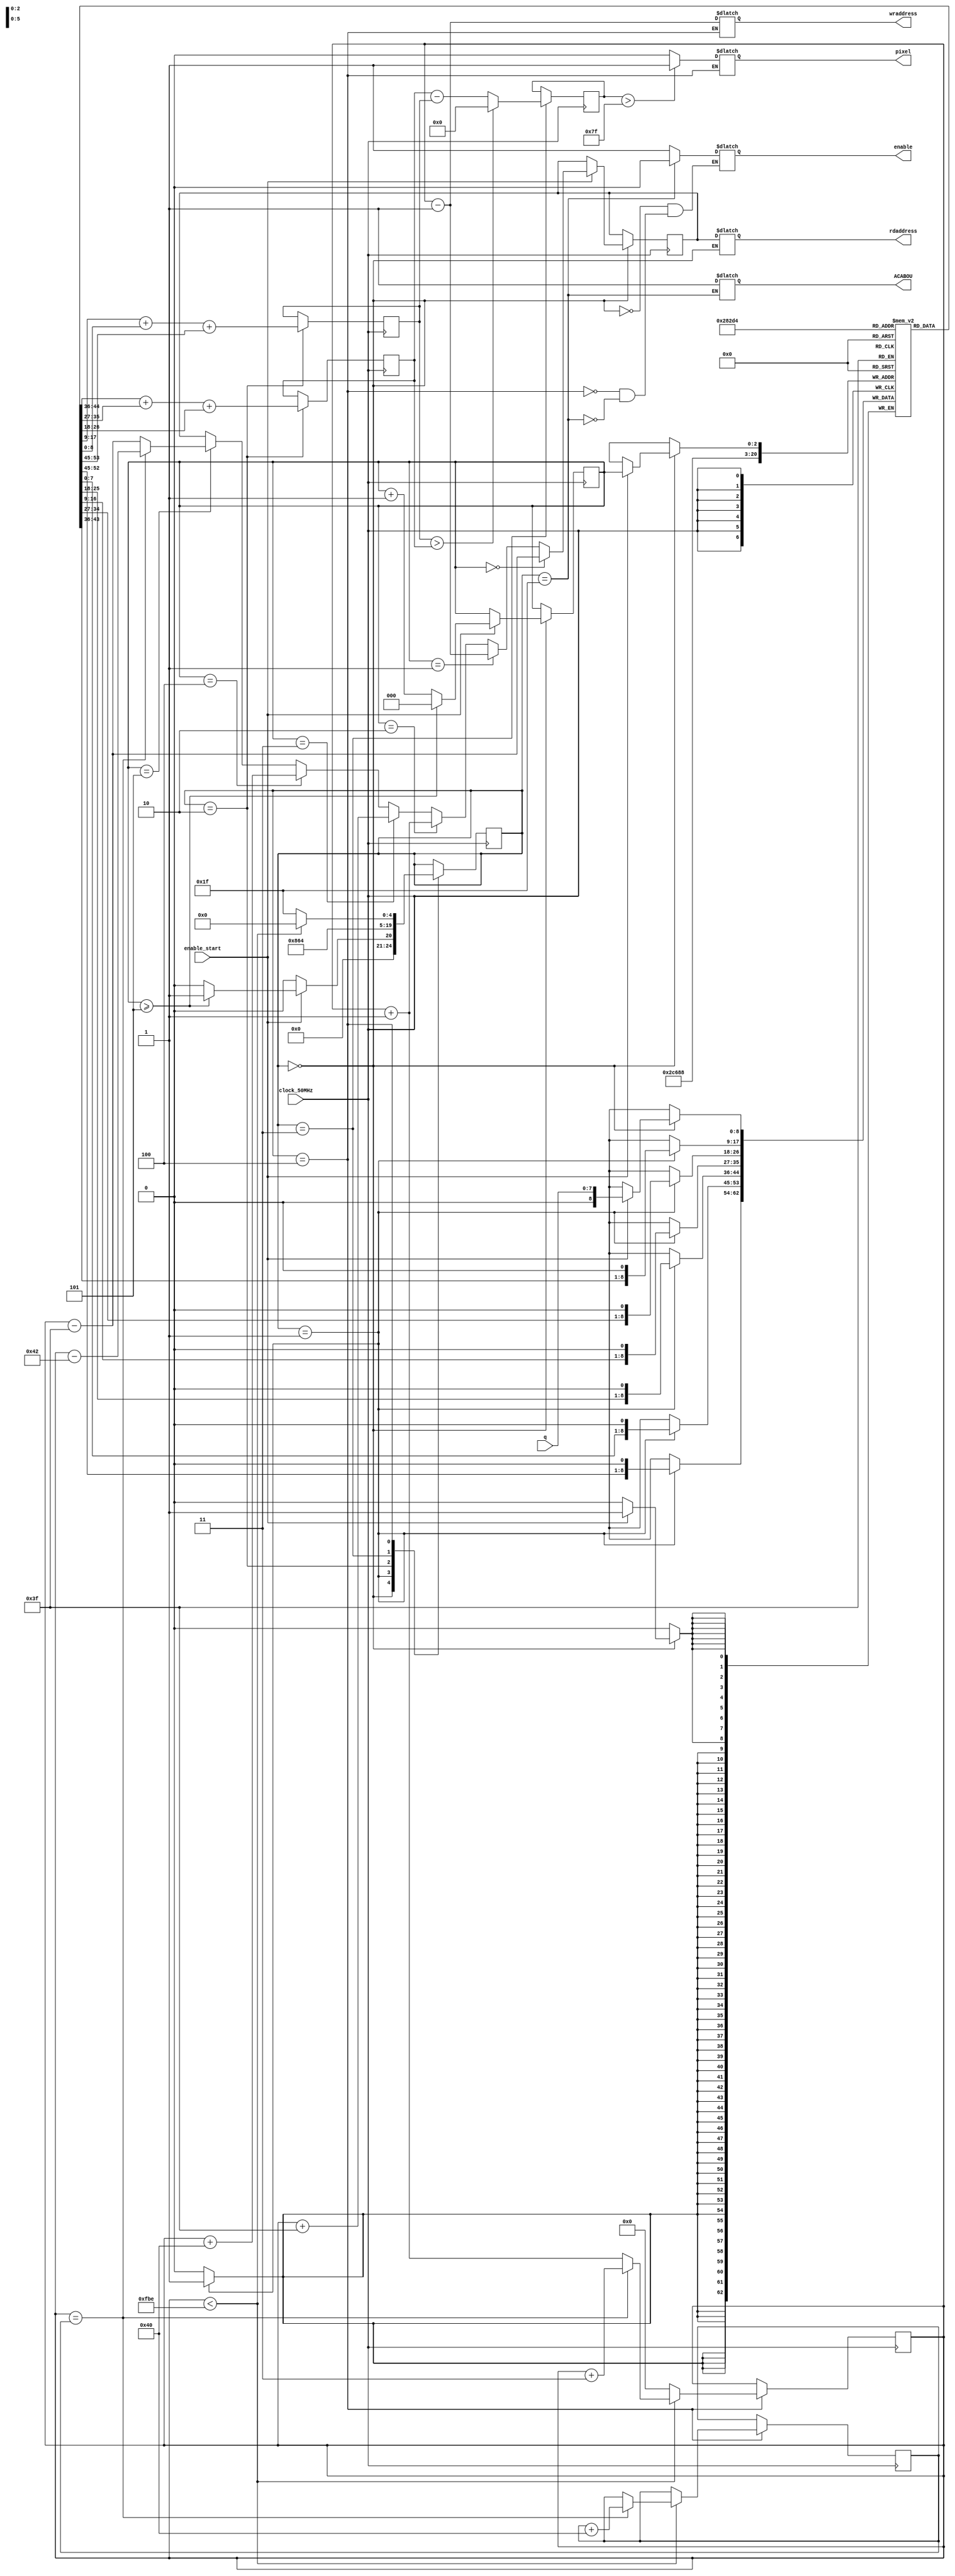
module Coprocessador(
    input clock_50MHz,
    input [7:0] q,
    input enable_start,
    output reg pixel,
    output reg [11:0] rdaddress,
    output reg [11:0] wraddress,
    output reg enable,
    output ACABOU
);

    reg [10:0] dado_1;
    reg [10:0] dado_2;
    reg [10:0] dado_final;
    reg [8:0] vizinho [0:5];
    reg [2:0] index_vizinho = 0;
    reg [11:0] contador = 65;
    reg [11:0] linhaatual = 126;
    reg [11:0] posvizinho = 1;
    reg [4:0] state = VIZINHO;
    reg fim = 0;

    assign ACABOU = fim;

    parameter [4:0] VIZINHO = 5'h0,
                    CALCULAR_1 = 5'h1,
                    CALCULAR_2 = 5'h2,
                    CALCULAR_3 = 5'h3,
                    MANDAR_PIXEL = 5'h4,
                    FIM = 5'hff;

    always @(posedge clock_50MHz) begin
        case(state)
            VIZINHO: 
                begin
                    if(enable_start) begin

                        vizinho[index_vizinho] <= q;

                        if(index_vizinho==0) begin
                            posvizinho <= contador - 63;
                        end else if(index_vizinho==1) begin
                            posvizinho <= contador - 1;
                        end else if(index_vizinho==2) begin
                            posvizinho <= contador + 1;
                        end else if(index_vizinho==3) begin
                            posvizinho <= contador + 63;
                        end else if(index_vizinho==4) begin
                            posvizinho <= contador + 64;
                        end else if(index_vizinho==5) begin
                        	if(contador==linhaatual) begin
	                            posvizinho <= contador - 66;                        		
                        	end else begin
	                            posvizinho <= contador - 63;
                        	end
                        end

                        if(index_vizinho>=5) begin
                            index_vizinho <= 0;
                            state <= CALCULAR_1;
                        end else begin
                            index_vizinho <= index_vizinho + 1;
                            state <= VIZINHO;
                        end
                    end else begin
                        state <= VIZINHO;
                    end
                end 
            CALCULAR_1:
                begin

                    //if(vizinho[0]>=128) begin
                     //   vizinho[0] <= 8'b11111111;
                    //end else begin
                        vizinho[0] <= vizinho[0] << 1;
                    //end

                    //if(vizinho[1]>=128) begin
                    //    vizinho[1] <= 8'b11111111;
                    //end else begin
                        vizinho[1] <= vizinho[1] << 1;
                    //end 

                    //if(vizinho[2]>=128) begin
                    //    vizinho[2] <= 8'b11111111;
                    //end else begin
                        vizinho[2] <= vizinho[2] << 1;
                    //end 

                    //if(vizinho[3]>=128) begin
                      //  vizinho[3] <= 8'b11111111;
                    //end else begin
                        vizinho[3] <= vizinho[3] << 1;
                    //end 

                    //if(vizinho[4]>=128) begin
                     //   vizinho[4] <= 8'b11111111;
                    //end else begin
                        vizinho[4] <= vizinho[4] << 1;
                    //end 

                    //if(vizinho[5]>=128) begin
                     //   vizinho[5] <= 8'b11111111;
                    //end else begin
                        vizinho[5] <= vizinho[5] << 1;
                    //end

                    state <= CALCULAR_2;

                end
            CALCULAR_2:
                begin
                    dado_1 = vizinho[0] + vizinho[1] + vizinho[3];
                    dado_2 = vizinho[2] + vizinho[4] + vizinho[5];
                    state <= CALCULAR_3;
                end
            CALCULAR_3:
                begin
                    if(dado_2>dado_1) begin
                        dado_final <=0;
                    end else begin
                        dado_final <= dado_1 - dado_2;
                    end
                    state <= MANDAR_PIXEL;
                end
            MANDAR_PIXEL:
                begin
                    if(contador < 4030) begin
                        if(contador==linhaatual) begin
                            contador <= contador + 3;
                            linhaatual <= linhaatual + 64;
                        end else begin
                            contador <= contador + 1;
                        end
                        state <= VIZINHO;
                    end else begin
                        contador <= 0;
                        state <= FIM;
                    end
                end
        endcase
    end

    always @(state) begin
        case(state)
            VIZINHO:
                begin
                    rdaddress <= posvizinho;
                    enable <= 1;
                end
            CALCULAR_1:
                begin

                end
            CALCULAR_2:
                begin

                end
            CALCULAR_3:
                begin

                end
            MANDAR_PIXEL:
                begin
                    if(dado_final>127) begin
                        pixel <= 1;
                    end else begin
                        pixel <= 0;
                    end
                    wraddress <= contador-1;
                    enable <= 1;
                end
            FIM: 
                begin
                    enable <= 0;
                    fim <= 1;
                end
        endcase
    end

endmodule